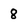
Character: 8